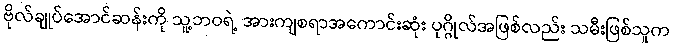
ဗိုလ်ချုပ်အောင်ဆန်းကို သူ့ဘဝရဲ့ အားကျစရာအကောင်းဆုံး ပုဂ္ဂိုလ်အဖြစ်လည်း သမီးဖြစ်သူက